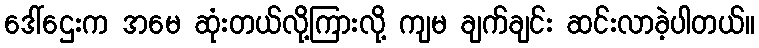
ဒေါ်ဌေးက အမေ ဆုံးတယ်လို့ကြားလို့ ကျမ ချက်ချင်း ဆင်းလာခဲ့ပါတယ်။